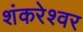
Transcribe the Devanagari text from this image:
शंकरेश्वर